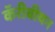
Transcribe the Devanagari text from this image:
कॅरीबीयन